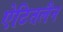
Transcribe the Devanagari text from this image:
ऐटितलैन